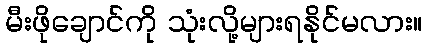
မီးဖိုချောင်ကို သုံးလို့များရနိုင်မလား။